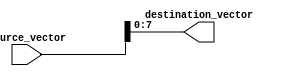
module part_select_example (
    input wire [15:0] source_vector,  // 16-bit source vector
    output wire [7:0] destination_vector // 8-bit destination vector
);

// Continuous assignment using part-select syntax
assign destination_vector = source_vector[7:0]; // Assigning the lower 8 bits of source_vector to destination_vector

endmodule